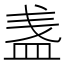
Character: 𥁫